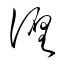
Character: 纏